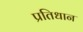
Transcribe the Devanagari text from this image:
प्रतिधान